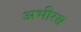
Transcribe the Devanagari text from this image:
अभीरस